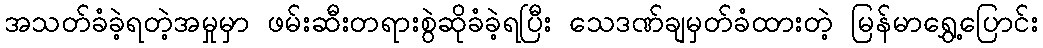
အသတ်ခံခဲ့ရတဲ့အမှုမှာ ဖမ်းဆီးတရားစွဲဆိုခံခဲ့ရပြီး သေဒဏ်ချမှတ်ခံထားတဲ့ မြန်မာရွှေ့ပြောင်း